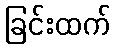
ခြင်းထက်